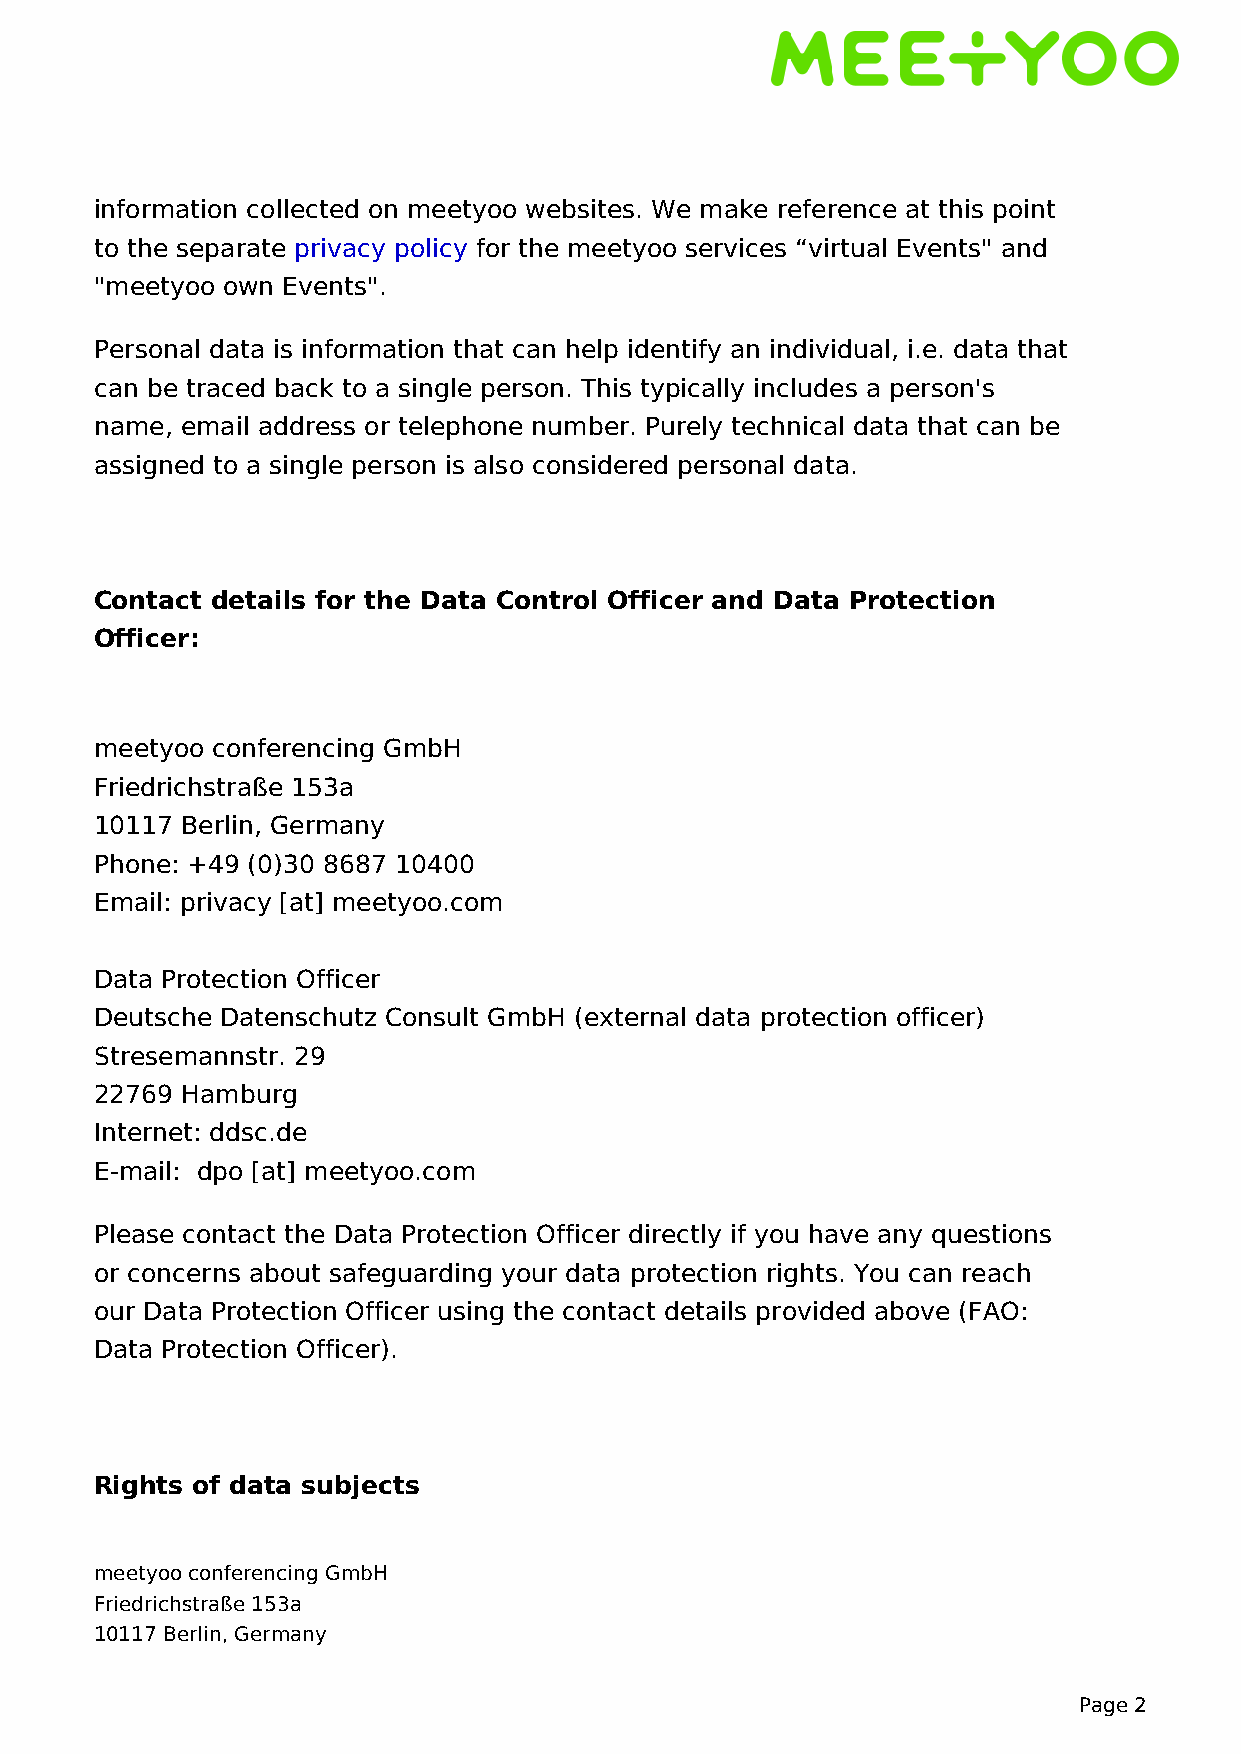
information collected on meetyoo websites. We make reference at this point
 to the separate privacy policy for the meetyoo services “virtual Events" and
 "meetyoo own Events".
 Personal data is information that can help identify an individual, i.e. data that
 can be traced back to a single person. This typically includes a person's
 name, email address or telephone number. Purely technical data that can be
 assigned to a single person is also considered personal data.
 Contact details for the Data Control Officer and Data Protection
 Officer:
 meetyoo conferencing GmbH
 Friedrichstraße 153a
 10117 Berlin, Germany
 Phone: +49 (0)30 8687 10400
 Email: privacy [at] meetyoo.com
 Data Protection Officer
 Deutsche Datenschutz Consult GmbH (external data protection officer)
 Stresemannstr. 29
 22769 Hamburg
 Internet: ddsc.de
 E-mail: dpo [at] meetyoo.com
 Please contact the Data Protection Officer directly if you have any questions
 or concerns about safeguarding your data protection rights. You can reach
 our Data Protection Officer using the contact details provided above (FAO:
 Data Protection Officer).
 Rights of data subjects
 meetyoo conferencing GmbH
 Friedrichstraße 153a
 10117 Berlin, Germany
 Page 2